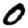
Digit: 0